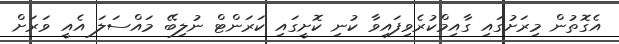
އެގޮތުން މިރަށުގައި ގާއިމްކުރެވިފައިވާ ކުނި ކޮށީގައި ކަރަންޓް ނުލިބޭ މައްސަލަ އެއީ ވަރަށް